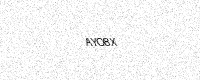
Text: AYO8X